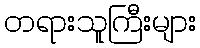
တရားသူကြီးများ